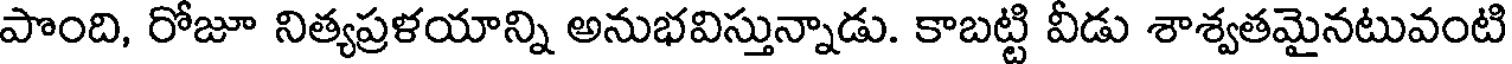
పొంది, రోజూ నిత్యప్రళయాన్ని అనుభవిస్తున్నాడు. కాబట్టి వీడు శాశ్వతమైనటువంటి